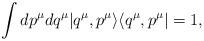
LaTeX: \begin{align*}\int dp^{\mu }dq^{\mu }|q^{\mu },p^{\mu }\rangle \langle q^{\mu },p^{\mu}|=1,\end{align*}